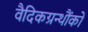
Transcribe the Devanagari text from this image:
वैदिकग्रन्थौंको